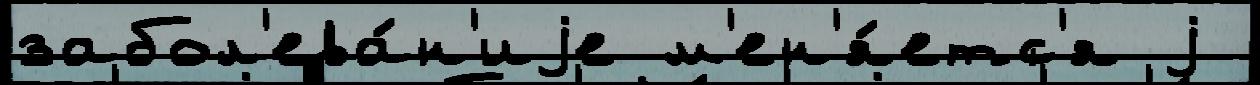
забол'ева́н'иjе м'ен'я́етс'я j